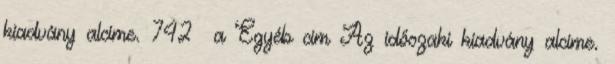
kiadvány alcíme. 742 a Egyéb cím Az időszaki kiadvány alcíme.